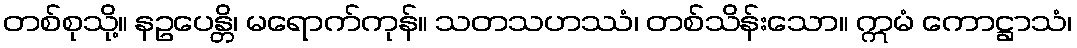
တစ်စုသို့။ နဥပေန္တိ၊ မရောက်ကုန်။ သတသဟဿံ၊ တစ်သိန်းသော။ ဣမံ ကောဋ္ဌာသံ၊